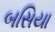
બસિયા